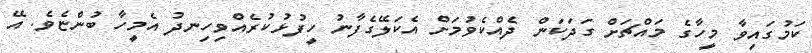
ކަމުގައިވާ މީހާގެ މައްޗަށް ގަދަކަން ދެއްކެވުމަށް އެކަލޭގެފާނު ހީފުޅުކުރެއްވިހިނދު އެމީހާ ބުންޏެވެ. އޭ